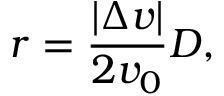
r = { \frac { \left| \Delta v \right| } { 2 v _ { 0 } } } D ,